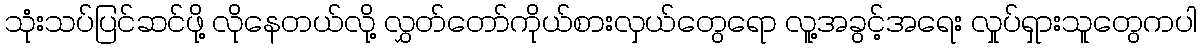
သုံးသပ်ပြင်ဆင်ဖို့ လိုနေတယ်လို့ လွှတ်တော်ကိုယ်စားလှယ်တွေရော လူ့အခွင့်အရေး လှုပ်ရှားသူတွေကပါ